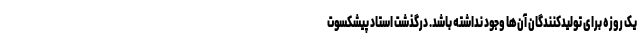
یک روزه برای تولیدکنندگان آن‌ها وجود نداشته باشد. درگذشت استاد پیشکسوت